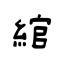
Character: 綰